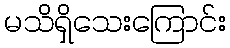
မသိရှိသေးကြောင်း